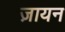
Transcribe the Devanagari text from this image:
ज़ायन